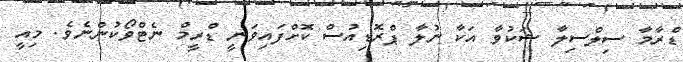
ޑްރާމާ ސިލްސިލާ ޝަކުވާ އަކާ ނުލާ ޕްރޮޑިއުސް ކޮށްފައިވަނީ ޑްރީމް ނެޓްވޯކުންނެވެ. މިއީ